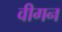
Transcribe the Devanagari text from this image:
वीगन